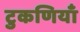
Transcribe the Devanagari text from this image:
टुकणियाँ